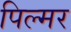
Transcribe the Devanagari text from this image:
पिल्मर